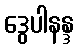
ဒွေပါနန္ဒ